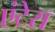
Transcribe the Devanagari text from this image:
एंटेरा